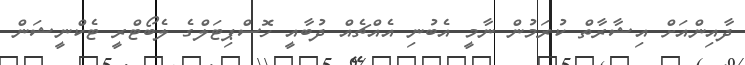
ދާއިންއަށް އިޝާރާތް ކުރަމުން ނާމީ އެބުނި އެއްޗެއް ދުބާއީ ހޮސްޕިޓަލްގެ ލެބޯޓްރީ ޓެކްނީޝަން